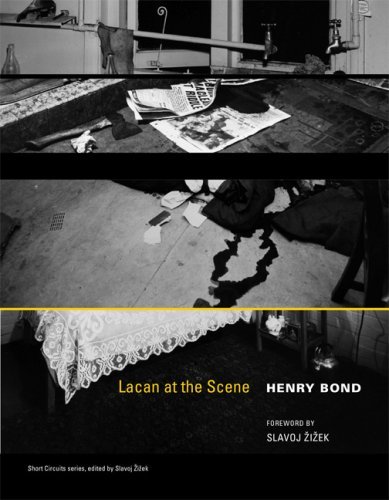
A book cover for Lacan at the Scene; Henry Bond; Medical Books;